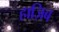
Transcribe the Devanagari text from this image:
हाज़िब